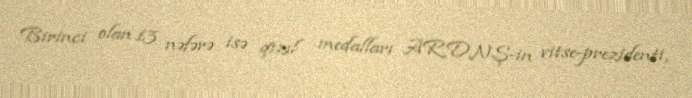
Birinci olan 13 nəfərə isə qızıl medalları ARDNŞ-in vitse-prezidenti,